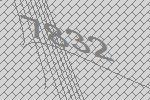
7832